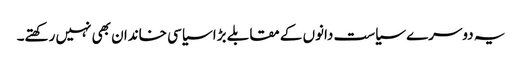
یہ دوسرے سیاست دانوں کے مقابلے بڑا سیاسی خاندان بھی نہیں رکھتے۔